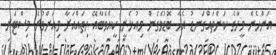
އަންހެން މީހާގެ ކަންތައްގަނޑު އެހާ ބޮޑުވެގެން މިއުޅެނީ ކީއްވެބާއޭ ހިތައްއަރާ މިއަށްވުރެ މިސްޓަރ